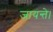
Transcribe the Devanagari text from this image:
जायन्ते।